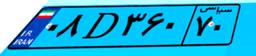
۳۷D۵۸۷۲۹